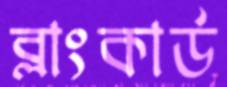
ব্লাংকার্ড